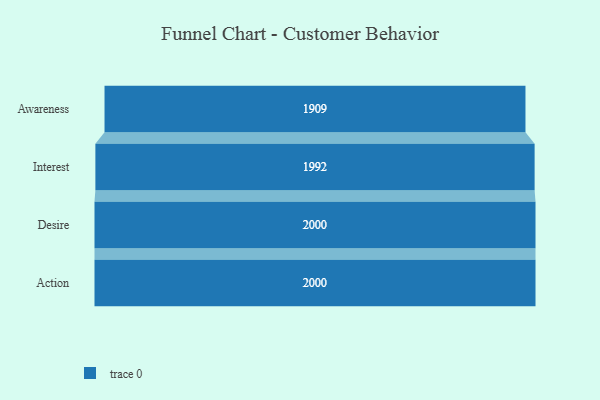
{"axis": {"x": "Stage", "y": "Value"}, "legend": [""], "data": [{"x": "Awareness", "y": 1909.0, "type": ""}, {"x": "Interest", "y": 1992.0, "type": ""}, {"x": "Desire", "y": 2000, "type": ""}, {"x": "Action", "y": 2000, "type": ""}]}